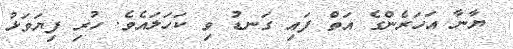
ޔާނާ އަހަރެންގެ އަތް ފައި ގަނޑު ވި ކަހަލައެވެ. ހުރި ފިޔަވަޅު